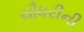
ચૌધરીની